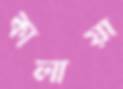
কালায়া